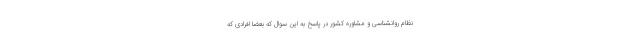
نظام روانشناسی و مشاوره کشور در پاسخ به این سوال که بعضا افرادی که